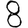
Digit: 8